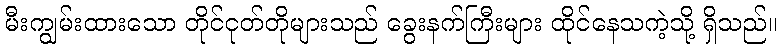
မီးကျွမ်းထားသော တိုင်ငုတ်တိုများသည် ခွေးနက်ကြီးများ ထိုင်နေသကဲ့သို့ ရှိသည်။